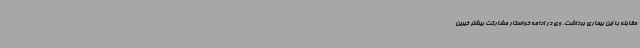
مقابله با این بیماری برداشت. وی در ادامه خواستار مشارکت بیشتر خیرین